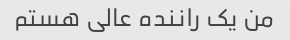
من یک راننده عالی هستم